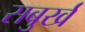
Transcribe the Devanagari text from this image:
सबुर्ख